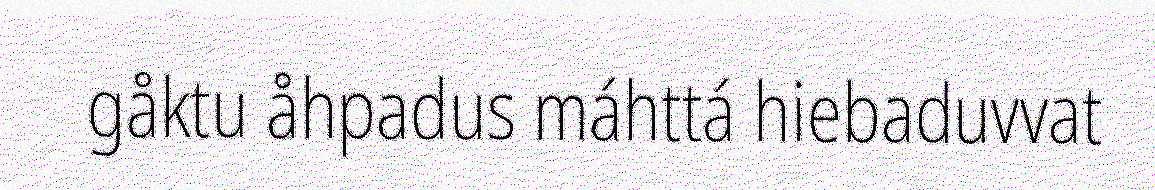
gåktu åhpadus máhttá hiebaduvvat